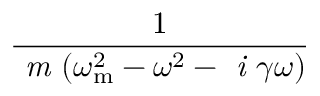
\frac { 1 } { \emph { m } ( \omega _ { \mathrm { { m } } } ^ { 2 } - \omega ^ { 2 } - \emph { i } \gamma \omega ) }